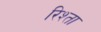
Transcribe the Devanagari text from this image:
रिश्‍ता